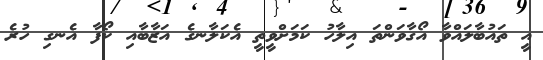
އީ ތައުބާލައްވާ އޯގާވަންތަ އިލާހު ކަމަށްވީތީ އެކަލާނގެ އަޒާބާއި ކޯފާ އެނގި ހުރެ